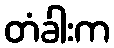
တံခါးက